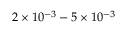
2 \times 1 0 ^ { - 3 } - 5 \times 1 0 ^ { - 3 }